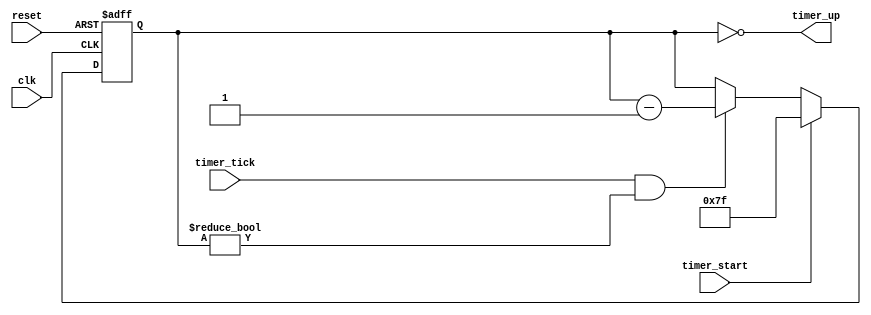
`timescale 1ns / 1ps
//////////////////////////////////////////////////////////////////////////////////
// Reference book: "FPGA Prototyping by Verilog Examples"
//                      "Xilinx Spartan-3 Version"
// Written by: Dr. Pong P. Chu
// Published by: Wiley, 2008
//
// Adapted for Basys 3 by David J. Marion aka FPGA Dude
//
//////////////////////////////////////////////////////////////////////////////////

module timer(
    input clk,
    input reset,
    input timer_start, timer_tick,
    output timer_up
    );
    
    // signal declaration
    reg [6:0] timer_reg, timer_next;
    
    // register control
    always @(posedge clk or posedge reset)
        if(reset)
            timer_reg <= 7'b1111111;
        else
            timer_reg <= timer_next;
    
    // next state logic
    always @*
        if(timer_start)
            timer_next = 7'b1111111;
        else if((timer_tick) && (timer_reg != 0))
            timer_next = timer_reg - 1;
        else
            timer_next = timer_reg;
            
    // output
    assign timer_up = (timer_reg == 0);
    
endmodule